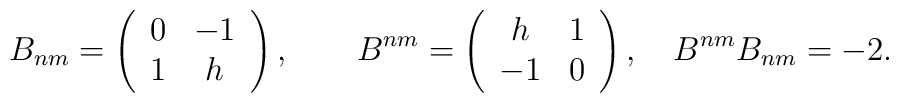
B_{nm}=\left(\begin{array}{cc}0 & -1 \\1 & h\end{array}\right) ,\qquad B^{nm}=\left( \begin{array}{cc}h & 1 \\ -1 & 0\end{array}\right) ,\quad B^{nm}B_{nm}=-2 .